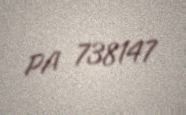
PA 738147